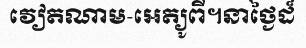
វៀតណាម-អេត្យូពី។នាថ្ងៃដ៏